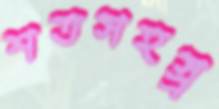
শতসহস্র্র